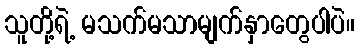
သူတို့ရဲ့ မသက်မသာမျက်နှာတွေပါပဲ။